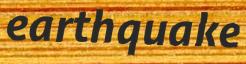
earthquake